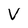
Character: V